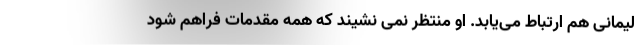
لیمانی هم ارتباط می‌یابد. او منتظر نمی نشیند که همه مقدمات فراهم شود